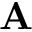
\mathbf { A }